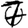
Digit: 7